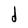
Character: d